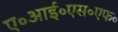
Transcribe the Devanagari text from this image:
ए॰आई॰एस॰एफ॰